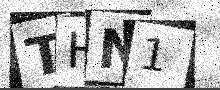
Text: THN1